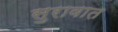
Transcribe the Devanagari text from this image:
सुरावात